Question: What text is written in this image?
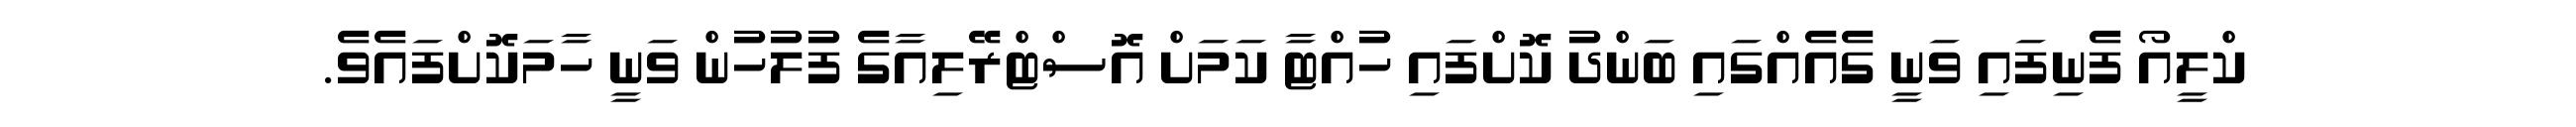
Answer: ކްލީއޯ ފެނިފައި ވަނީ ގެއެއްގައި ބަންދު ކޮށްފައި ހުއްޓާ ކަމަށް އޮސްޓްރޭލިއާގެ ފުލުހުން ވަނީ ހާމަކޮށްފައެވެ.